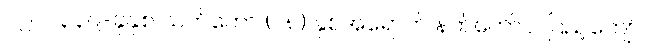
၁၂။ ၁၃၃၉-ခုနှစ် သက်တော် (၇၈) နှစ်အရောက် နတ်တော်လပြည့်ကျော်